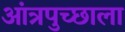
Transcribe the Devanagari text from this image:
आंत्रपुच्छाला